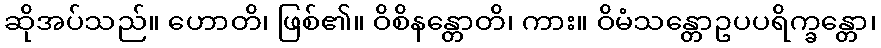
ဆိုအပ်သည်။ ဟောတိ၊ ဖြစ်၏။ ဝိစိနန္တောတိ၊ ကား။ ဝိမံသန္တောဥပပရိက္ခန္တော၊